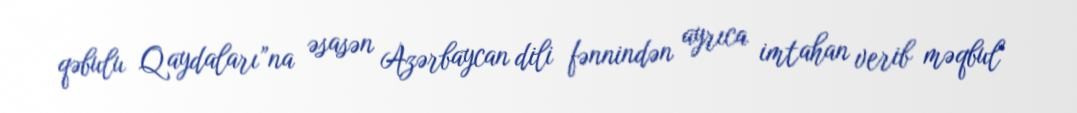
qəbulu Qaydaları”na əsasən Azərbaycan dili fənnindən ayrıca imtahan verib məqbul